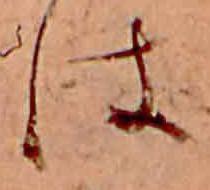
は